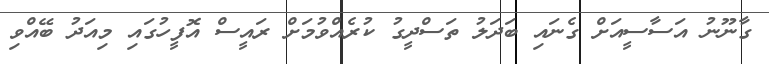
ގާނޫނު އަސާސީއަށް ގެނައި ބަދަލު ތަސްދީގު ކުރެއްވުމަށް ރައީސް އޮފީހުގައި މިއަދު ބޭއްވި